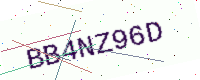
Text: BB4NZ96D